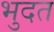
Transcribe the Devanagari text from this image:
भुदत